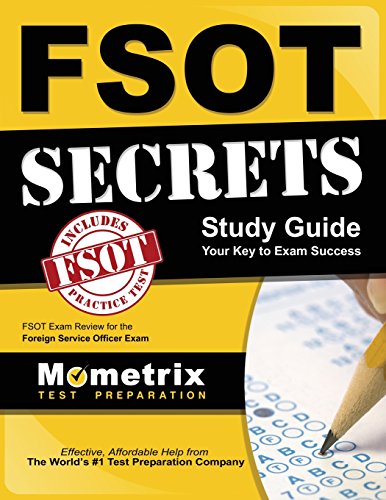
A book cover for FSOT Secrets Study Guide: FSOT Exam Review for the Foreign Service Officer Test; FSOT Exam Secrets Test Prep Team; Test Preparation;